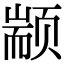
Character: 颛